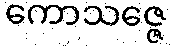
ကောသဇ္ဇေ